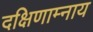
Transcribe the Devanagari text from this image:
दक्षिणाम्नाय